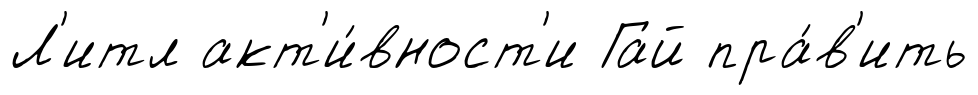
Л'итл акт'и́вност'и Гай пра́в'ить